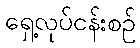
ရှေ့လုပ်ငန်းစဉ်